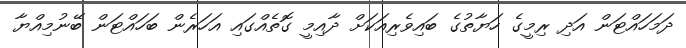
ދަމަހައްޓަން އަދި ރިމީގެ ހަޔާތުގެ ބައިވެރިއަކަށް ދާއިމީ ގޮތެއްގައި އަހަރެން ބަހައްޓަން ބޭނުމިއްޔާ